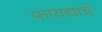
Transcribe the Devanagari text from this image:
फायद्याचं